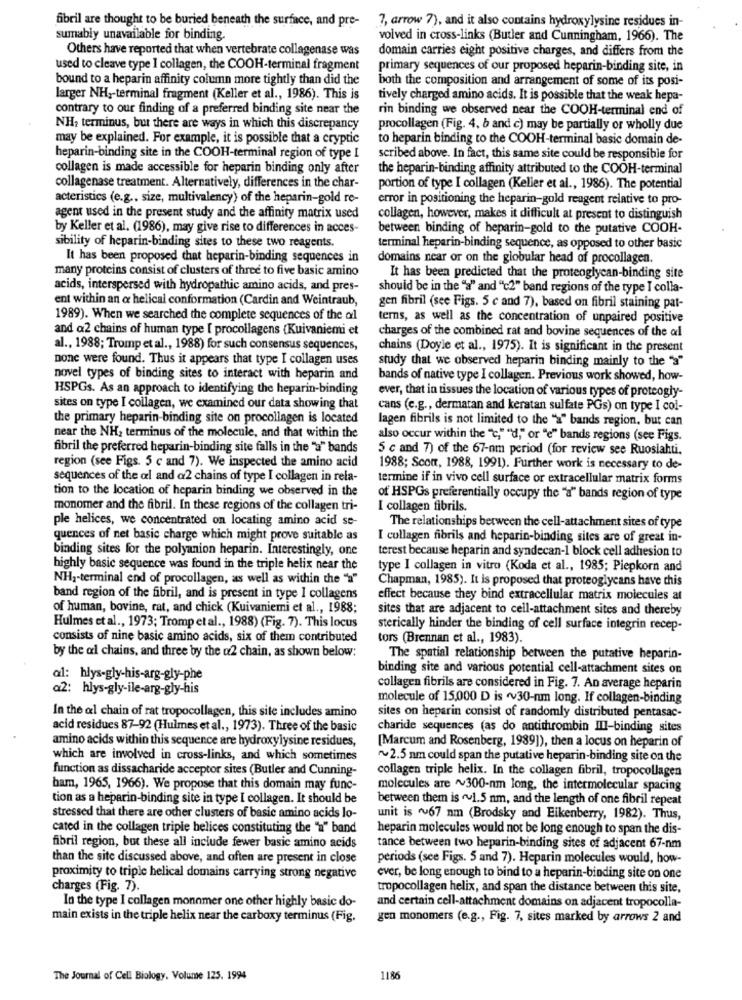
fibril are thought to be buried beneath the surface, and pre-
7, arrow 7), and it also contains hydroxylysine residues in-
sumably unavailable for binding.
volved in cross-links (Butler and Cunningham, 1966). The
Others have reported that when vertebrate collagenase was
domain carries eight positive charges, and differs from the
used to cleave type I collagen, the COOH-terminal fragment
primary sequences of our proposed heparin-binding site, in
bound to a heparin affinity column more tightly than did the
both the composition and arrangement of some of its posi-
larger NH ,- terminal fragment (Keller et al ., 1986). This is
tively charged amino acids. It is possible that the weak hepa-
contrary to our finding of a preferred binding site near the
rin binding we observed near the COOH-terminal end of
NH, terminus, but there are ways in which this discrepancy
procollagen (Fig. 4, b and c) may be partially or wholly due
may be explained. For example, it is possible that a cryptic
to heparin binding to the COOH-terminal basic domain de-
heparin-binding site in the COOH-terminal region of type I
scribed above. In fact, this same site could be responsible for
collagen is made accessible for heparin binding only after
the heparin-binding affinity attributed to the COOH-terminal
collagenase treatment. Alternatively, differences in the char-
portion of type I collagen (Keller et al ., 1986). The potential
acteristics (e.g ., size, multivalency) of the heparin-gold re-
error in positioning the heparin-gold reagent relative to pro-
agent used in the present study and the affinity matrix used
collagen, however, makes it difficult at present to distinguish
by Keller et al. (1986), may give rise to differences in acces-
between binding of heparin-gold to the putative COOH-
sibility of heparin-binding sites to these two reagents.
terminal heparin-binding sequence, as opposed to other basic
It has been proposed that heparin-binding sequences in
domains near or on the globular head of procollagen.
many proteins consist of clusters of three to five basic amino
It has been predicted that the proteoglycan-binding site
acids, interspersed with hydropathic amino acids, and pres-
should be in the "a" and "c2" band regions of the type I colla-
ent within an & helical conformation (Cardin and Weintraub,
gen fibril (see Figs. 5 c and 7), based on fibril staining pat-
1989). When we searched the complete sequences of the al
terns, as well as the concentration of unpaired positive
and a2 chains of human type [ procollagens (Kuivaniemi et
charges of the combined rat and bovine sequences of the al
al ., 1988; Tromp et al ., 1988) for such consensus sequences,
chains (Doyle et al ., 1975). It is significant in the present
none were found. Thus it appears that type I collagen uses
study that we observed heparin binding mainly to the "s"
novel types of binding sites to interact with heparin and
bands of native type I collagen. Previous work showed, how-
HSPGs. As an approach to identifying the heparin-binding
ever, that in tissues the location of various types of proteogly-
sites on type I collagen, we examined our data showing that
cans (e.g ., dermatan and keratan sulfate PGs) on type I col-
the primary heparin binding site on procollagen is located
lagen fibrils is not limited to the "a" bands region, but can
near the NH, terminus of the molecule, and that within the
also occur within the "c," "d," or "e" bands regions (see Figs.
fibril the preferred heparin-binding site falls in the "a" bands
5 c and 7) of the 67-nm period (for review see Ruoslahti.
region (see Figs. 5 c and 7). We inspected the amino acid
1988; Scom, 1988, 1991). Further work is necessary to de-
sequences of the al and @2 chains of type I collagen in rela-
termine if in vivo cell surface or extracellular matrix forms
tion to the location of heparin binding we observed in the
of HSPGs preferentially occupy the "a" bands region of type
monomer and the fibril. In these regions of the collagen tri-
I collagen fibrils.
ple helices, we concentrated on locating amino acid se-
The relationships between the cell-attachment sites of type
quences of net basic charge which might prove suitable as
I collagen fibrils and heparin-binding sites are of great in-
binding sites for the polyanion heparin. Interestingly, one
terest because heparin and syndecan-1 block cell adhesion to
highly basic sequence was found in the triple helix near the
type I collagen in vitro (Koda et al ., 1985; Piepkorn and
NH2-terminal end of procollagen, as well as within the "a"
Chapman, 1985). It is proposed that proteoglycans have this
band region of the fibril, and is present in type I collagens
effect because they bind extracellular matrix molecules at
of human, bovine, rat, and chick (Kuivaniemi et al ., 1988;
sites that are adjacent to cell-attachment sites and thereby
Hulmes et al ., 1973; Tromp et al ., 1988) (Fig. 7). This locus
sterically hinder the binding of cell surface integrin recep-
consists of nine basic amino acids, six of them contributed
tors (Brennan et al ., 1983).
by the ol chains, and three by the @2 chain, as shown below:
The spatial relationship between the putative heparin-
binding site and various potential cell-attachment sites on
al: hlys-gly-his-arg-gly-phe
a2: hlys-gly-ile-arg-gly-his
collagen fibrils are considered in Fig. 7. An average heparin
molecule of 15,000 D is ~v30-nm long. If collagen-binding
In the al chain of rat tropocollagen, this site includes amino
sites on heparin consist of randomly distributed pentasac-
acid residues 87-92 (Hulmes et al ., 1973). Three of the basic
charide sequences (as do antithrombin III-binding sites
amino acids within this sequence are hydroxylysine residues,
[Marcum and Rosenberg, 1989]), then a locus on heparin of
which are involved in cross-links, and which sometimes
~2.5 nm could span the putative heparin-binding site on the
function as dissacharide acceptor sites (Butler and Cunning-
collagen triple helix. In the collagen fibril, tropocollagen
ham, 1965, 1966). We propose that this domain may func-
molecules are ~300-nm long, the intermolecular spacing
tion as a heparin-binding site in type I collagen. It should be
between them is v1.5 nm, and the length of one fibril repeat
stressed that there are other clusters of basic amino acids lo-
unit is ~67 nm (Brodsky and Eikenberry, 1982). Thus,
cated in the collagen triple helices constituting the "a" band
heparin molecules would not be long enough to span the dis-
fibril region, but these all include fewer basic amino acids
tance between two heparin-binding sites of adjacent 67-nm
than the site discussed above, and often are present in close
periods (see Figs. 5 and 7). Heparin molecules would, how-
proximity to triple helical domains carrying strong negative
ever, be long enough to bind to a heparin-binding site on one
charges (Fig. 7).
tropocollagen helix, and span the distance between this site,
In the type I collagen monnmer one other highly basic do-
and certain cell-attachment domains on adjacent tropocolla-
main exists in the triple helix near the carboxy terminus (Fig.
gen monomers (e.g ., Fig. 7, sites marked by arrows 2 and
The Journal of Cell Biology. Volume 125. 1994
1186